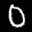
Label: 0